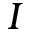
\boldsymbol { I }